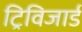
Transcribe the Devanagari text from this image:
ट्रिविजार्ड